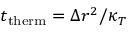
t _ { \mathrm { t h e r m } } = \Delta r ^ { 2 } / \kappa _ { T }